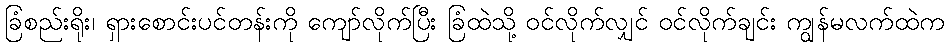
ခြံစည်းရိုး၊ ရှားစောင်းပင်တန်းကို ကျော်လိုက်ပြီး ခြံထဲသို့ ဝင်လိုက်လျှင် ဝင်လိုက်ချင်း ကျွန်မလက်ထဲက